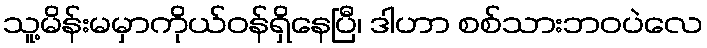
သူ့မိန်းမမှာကိုယ်ဝန်ရှိနေပြီ၊ ဒါဟာ စစ်သားဘဝပဲလေ